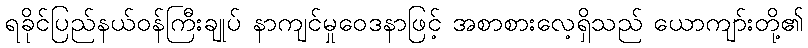
ရခိုင်ပြည်နယ်ဝန်ကြီးချုပ် နာကျင်မှုဝေဒနာဖြင့် အစာစားလေ့ရှိသည် ယောကျာ်းတို့၏